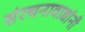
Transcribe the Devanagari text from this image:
संरचनावाद्यांनी